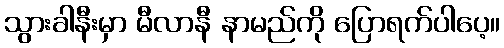
သွားခါနီးမှာ မီလာနီ နာမည်ကို ပြောရက်ပါပေ့။